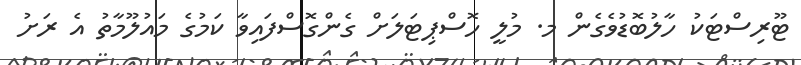
ޓޫރިސްޓަކު ހާލުބޮޑުވެގެން މ. މުލީ ހޮސްޕިޓަލަށް ގެންގޮސްފައިވާ ކަމުގެ މައުލޫމާތު އެ ރަށު